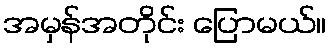
အမှန်အတိုင်း ပြောမယ်။